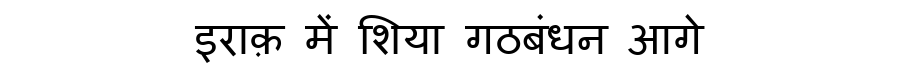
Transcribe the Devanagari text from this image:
इराक़ में शिया गठबंधन आगे